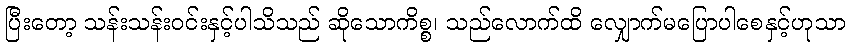
ပြီးတော့ သန်းသန်းဝင်းနှင့်ပါသိသည် ဆိုသောကိစ္စ၊ သည်လောက်ထိ လျှောက်မပြောပါစေနှင့်ဟုသာ